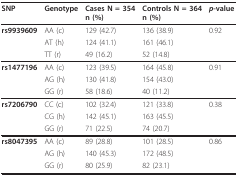
| SNP | Genotype | Cases N = 354n (%) | Controls N = 364n (%) | p-value |
 | --- | --- | --- | --- | --- |
 | rs9939609 | AA (c) | 129 (42.7) | 136 (38.9) | 0.92 |
 |  | AT (h) | 124 (41.1) | 161 (46.1) |  |
 |  | TT (r) | 49 (16.2) | 52 (14.8) |  |
 | rs1477196 | AA (c) | 123 (39.5) | 164 (45.8) | 0.91 |
 |  | AG (h) | 130 (41.8) | 154 (43.0) |  |
 |  | GG (r) | 58 (18.6) | 40 (11.2) |  |
 | rs7206790 | CC (c) | 102 (32.4) | 121 (33.8) | 0.38 |
 |  | CG (h) | 142 (45.1) | 163 (45.5) |  |
 |  | GG (r) | 71 (22.5) | 74 (20.7) |  |
 | rs8047395 | AA (c) | 89 (28.8) | 101 (28.5) | 0.86 |
 |  | AG (h) | 140 (45.3) | 172 (48.5) |  |
 |  | GG (r) | 80 (25.9) | 82 (23.1) |  |